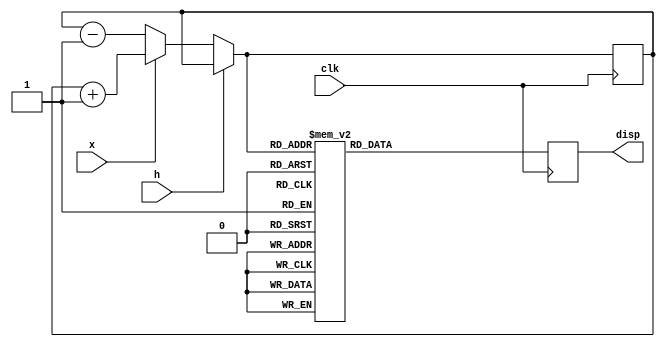
module grayverilog(input x,clk,h, output reg[6:0]disp);
reg[3:0]count=0;
always@(posedge clk)begin
	if (h==0)begin
		if (x==1) count=count+1;
		
		else		count=count-1;
	end
	
case (count)
	4'b0000:disp = 7'b1111110;
	4'b0001:disp = 7'b0110000;
	4'b0010:disp = 7'b1101101;
	4'b0011:disp = 7'b1111001;
	4'b0100:disp = 7'b0110011;
	4'b0101:disp = 7'b1011011;
	4'b0110:disp = 7'b1011111;
	4'b0111:disp = 7'b1110000;
	4'b1000:disp = 7'b1111111;
	4'b1001:disp = 7'b1111011;
	4'b1010:disp = 7'b1111101;
	4'b1011:disp = 7'b0011111;
	4'b1100:disp = 7'b1001110;
	4'b1101:disp = 7'b0111101;
	4'b1110:disp = 7'b1001111;
	4'b1111:disp = 7'b1000111;
endcase
end
endmodule